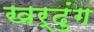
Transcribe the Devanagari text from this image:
खर्दुंग